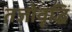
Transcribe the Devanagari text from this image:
तजोवृद्धिं